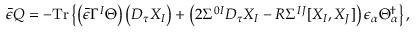
{ \bar { \epsilon } } Q = - \mathrm { T r } \left\{ \left( { \bar { \epsilon } } \Gamma ^ { I } \Theta \right) \left( D _ { \tau } X _ { I } \right) + \left( 2 \Sigma ^ { 0 I } D _ { \tau } X _ { I } - R \Sigma ^ { I J } [ X _ { I } , X _ { J } ] \right) \epsilon _ { \alpha } \Theta _ { \alpha } ^ { \dag } \right\} ,